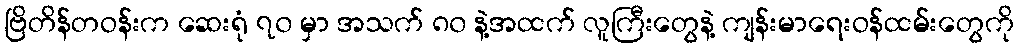
ဗြိတိန်တဝန်းက ဆေးရုံ ၇၀ မှာ အသက် ၈၀ နဲ့အထက် လူကြီးတွေနဲ့ ကျန်းမာရေးဝန်ထမ်းတွေကို